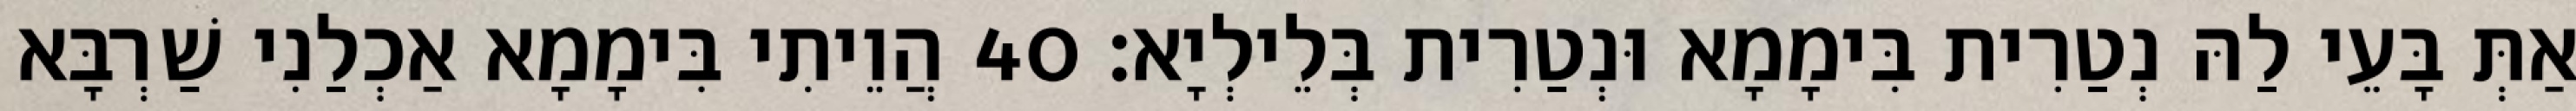
אַתְּ בָּעֵי לַהּ נְטַרִית בִּימָמָא וּנְטַרִית בְּלֵילְיָא׃ 40 הֲוֵיתִי בִּימָמָא אַכְלַנִי שַׁרְבָּא